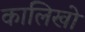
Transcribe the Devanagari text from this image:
कालिखो